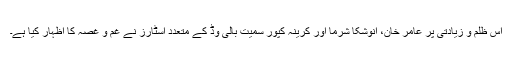
اس ظلم و زیادتی پر عامر خان، انوشکا شرما اور کرینہ کپور سمیت بالی وڈ کے متعدد اسٹارز نے غم و غصہ کا اظہار کیا ہے۔